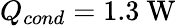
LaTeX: Q_{cond}=1.3\textrm{~W}